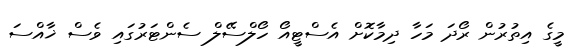
މީގެ އިތުރުން ރޯދަ މަހާ ދިމާކޮށް އެސްޓީއޯ ހޯލްސޭލް ސެންޓަރުގައި ވެސް ޚާއްސަ